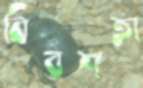
বিবশতা